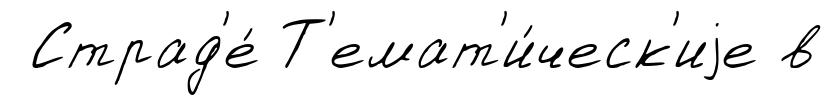
Страд'е́ Т'емат'и́ческ'иjе в